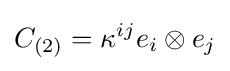
C_{(2)}=\kappa ^{ij}e_{i}\otimes e_{j}